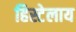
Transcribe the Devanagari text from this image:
हिस्टेलाय